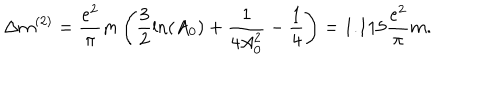
\Delta m ^ { ( 2 ) } = \frac { e ^ { 2 } } \pi m \left( \frac 3 2 \ln ( A _ { 0 } ) + \frac 1 { 4 A _ { 0 } ^ { 2 } } - \frac 1 4 \right) = 1 . 1 1 5 \frac { e ^ { 2 } } \pi m .